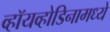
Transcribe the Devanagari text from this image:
व्हॉयव्होडिनामध्ये